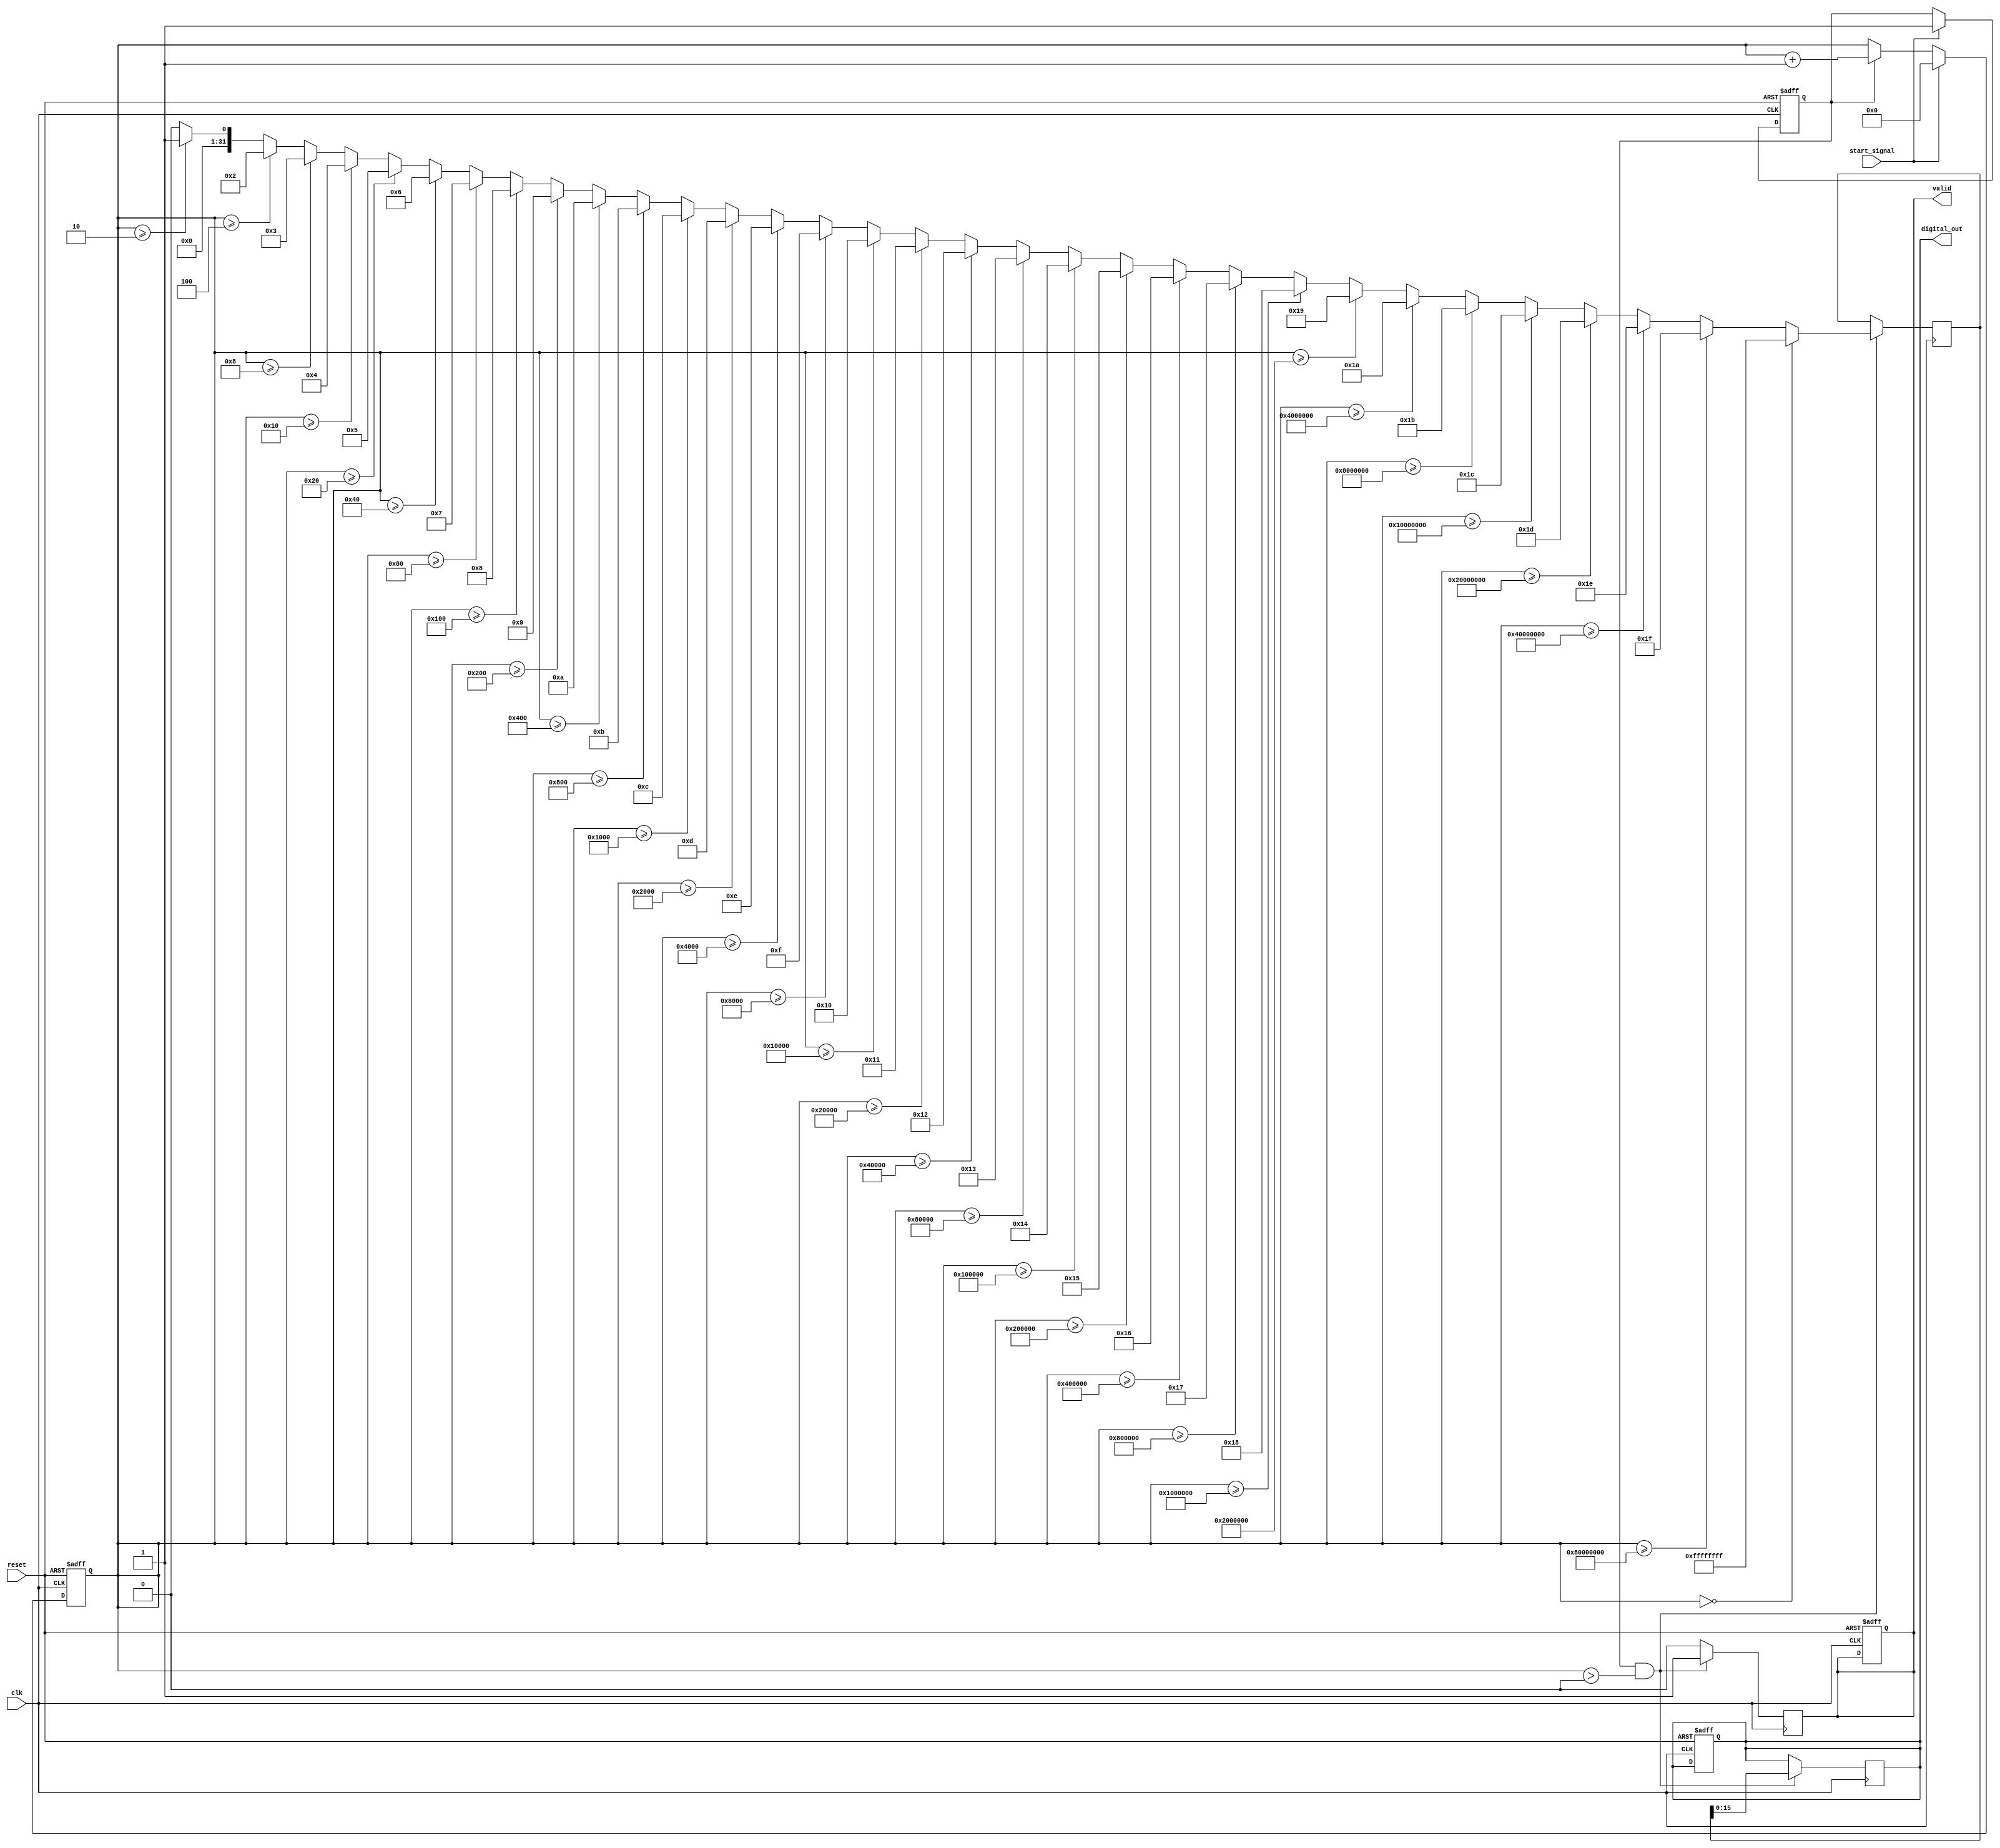
module LogarithmicTDC (
    input wire clk,                // Clock signal
    input wire reset,              // Reset signal
    input wire start_signal,       // Input signal for timing
    output reg [15:0] digital_out, // Digital output (logarithmic representation)
    output reg valid               // Valid output signal
);

    reg [31:0] counter;            // Counter to measure time intervals
    reg [31:0] log_value;          // Logarithmic value
    reg sampling;                  // Sampling flag

    // Logarithmic function approximation (simple example)
    function [31:0] log2;
        input [31:0] x;
        integer i;
        begin
            if (x == 0) begin
                log2 = 32'hFFFFFFFF; // Undefined for log(0)
            end else begin
                log2 = 0;
                for (i = 0; i < 32; i = i + 1) begin
                    if (x >= (1 << i)) begin
                        log2 = i;
                    end
                end
            end
        end
    endfunction

    // Sampling mechanism
    always @(posedge clk or posedge reset) begin
        if (reset) begin
            counter <= 0;
            digital_out <= 0;
            valid <= 0;
            sampling <= 0;
        end else if (start_signal) begin
            sampling <= 1; // Start sampling
            counter <= 0;  // Reset counter
        end else if (sampling) begin
            counter <= counter + 1; // Increment counter
        end
    end

    // Logarithmic encoding and output generation
    always @(posedge clk) begin
        if (sampling && (counter > 0)) begin
            log_value <= log2(counter); // Calculate logarithmic value
            digital_out <= log_value[15:0]; // Output lower 16 bits
            valid <= 1; // Indicate valid output
        end else if (valid) begin
            valid <= 0; // Reset valid signal after output
        end
    end

endmodule